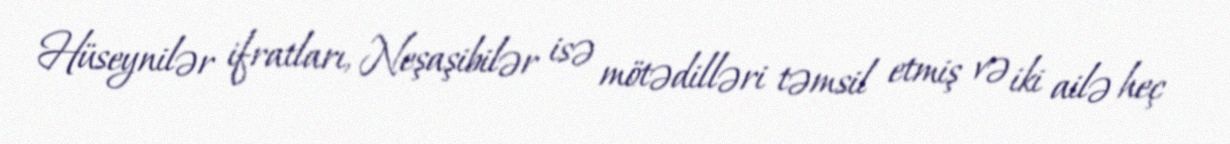
Hüseynilər ifratları, Neşaşibilər isə mötədilləri təmsil etmiş və iki ailə heç